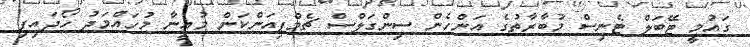
ގައުމީ ޓޭބަލް ޓެނިސް މުބާރާތުގެ އަންހެން ސިންގަލްސް ޗެމްޕިއަންކަން މުއީނާ މުހައްމަދު ހޯދައިފި